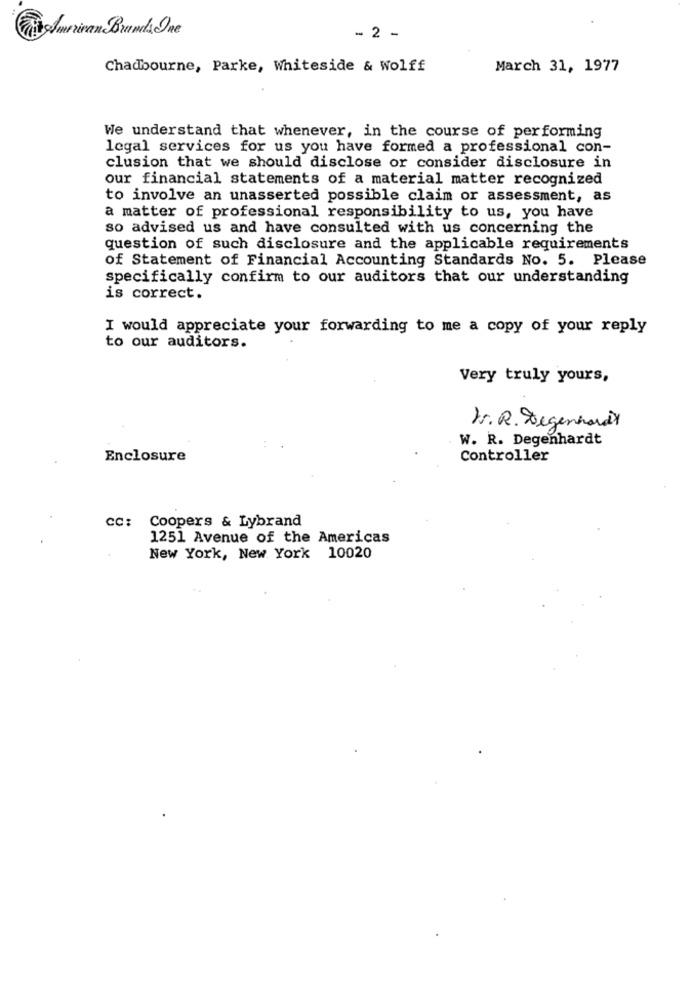
American Brands One
- 2 -
Chadbourne, Parke, Whiteside & Wolff
March 31, 1977
We understand that whenever, in the course of performing
legal services for us you have formed a professional con-
clusion that we should disclose or consider disclosure in
our financial statements of a material matter recognized
to involve an unasserted possible claim or assessment, as
a matter of professional responsibility to us, you have
so advised us and have consulted with us concerning the
question of such disclosure and the applicable requirements
of Statement of Financial Accounting Standards No. 5. Please
specifically confirm to our auditors that our understanding
is correct.
I would appreciate your forwarding to me a copy of your reply
to our auditors.
Very truly yours,
Mr. R. Degenhardt
W. R. Degenhardt
Enclosure
Controller
cc: Coopers & Lybrand
1251 Avenue of the Americas
New York, New York 10020